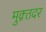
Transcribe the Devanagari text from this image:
मुक़्तदर